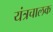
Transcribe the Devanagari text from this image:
यंत्रचालक